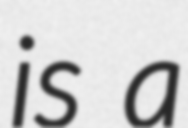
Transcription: is a